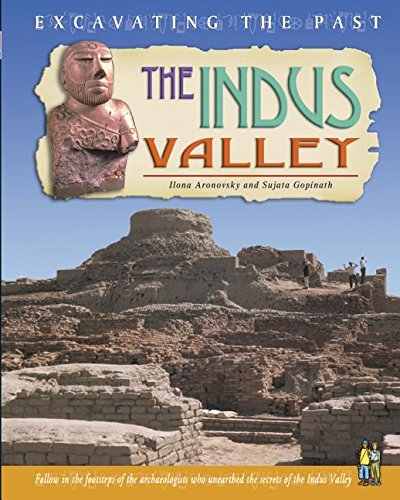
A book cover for The Indus Valley (Excavating the Past); Ilona Aronovsky; Children's Books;